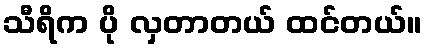
သီရိက ပို လှတာတယ် ထင်တယ်။